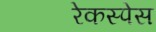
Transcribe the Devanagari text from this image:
रेकस्पेस